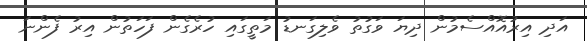
އަދި އިރުއޮއްސެމުން ދިޔަ ވަގުތު ވެލިގަނޑު މަތީގައި ހުރެގެން ފަހަތުން އިރު ފެންނަ